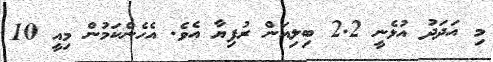
މި އަދަދު އުޅެނީ 2.2 ބިލިއަން ރުފިޔާ އެވެ. އެހެންކަމުން މިއީ 10